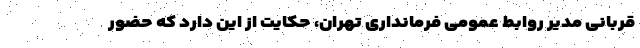
قربانی مدیر روابط عمومی فرمانداری تهران، حکایت از این دارد که حضور